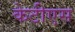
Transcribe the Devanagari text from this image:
केटीएस